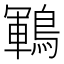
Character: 鶤